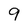
Character: 9